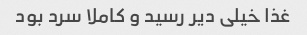
غذا خیلى دیر رسید و کاملا سرد بود